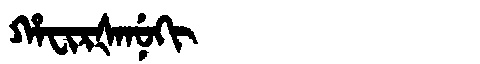
Manchu: ᡥᠠᠸᡳᡵᡧᠠᠨᡠᡴᡳ
Romanization: HAFIRŠANUKI